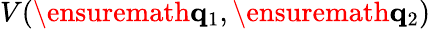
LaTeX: V(\ensuremath{\mathbf{q}}_{1},\ensuremath{\mathbf{q}}_{2})